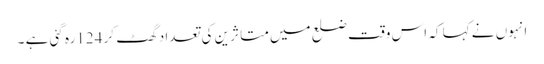
انہوں نے کہا کہ اس وقت ضلع میں متا ثرین کی تعداد گھٹ کر 124رہ گئی ہے ۔